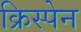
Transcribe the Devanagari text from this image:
क्रिस्पेन